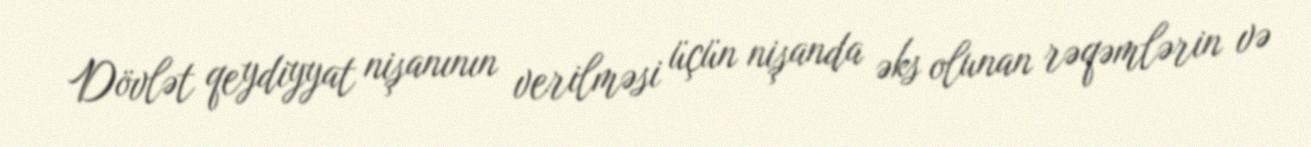
Dövlət qeydiyyat nişanının verilməsi üçün nişanda əks olunan rəqəmlərin və